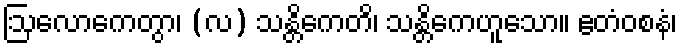
ဩလောကေတွာ၊ (လ) သန္တိကေတိ၊ သန္တိကေဟူသော။ ဧတံဝစနံ၊